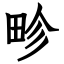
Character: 畛